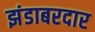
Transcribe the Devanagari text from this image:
झंडाबरदार